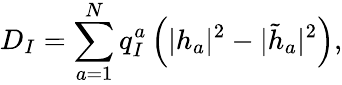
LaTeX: D_{I}=\sum_{a=1}^{N}q_{I}^{a}\left(|h_{a}|^{2}-|\tilde{h}_{a}|^{2}\right),